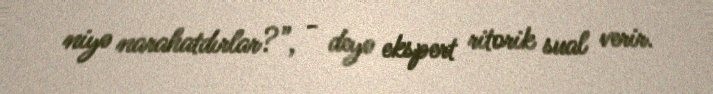
niyə narahatdırlar?”, - deyə ekspert ritorik sual verir.